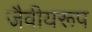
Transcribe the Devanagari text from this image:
जैवीयरूप